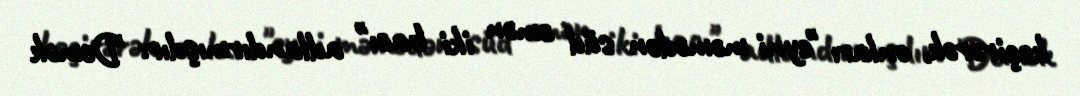
keçirərək, onları "eyni məmədən süd əmən iki bacı" adlandırmışdır: "Demək